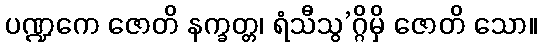
ပဏ္ဍကေ ဇောတိ နက္ခတ္တ၊ ရံသီသွ’ဂ္ဂိမှိ ဇောတိ သော။